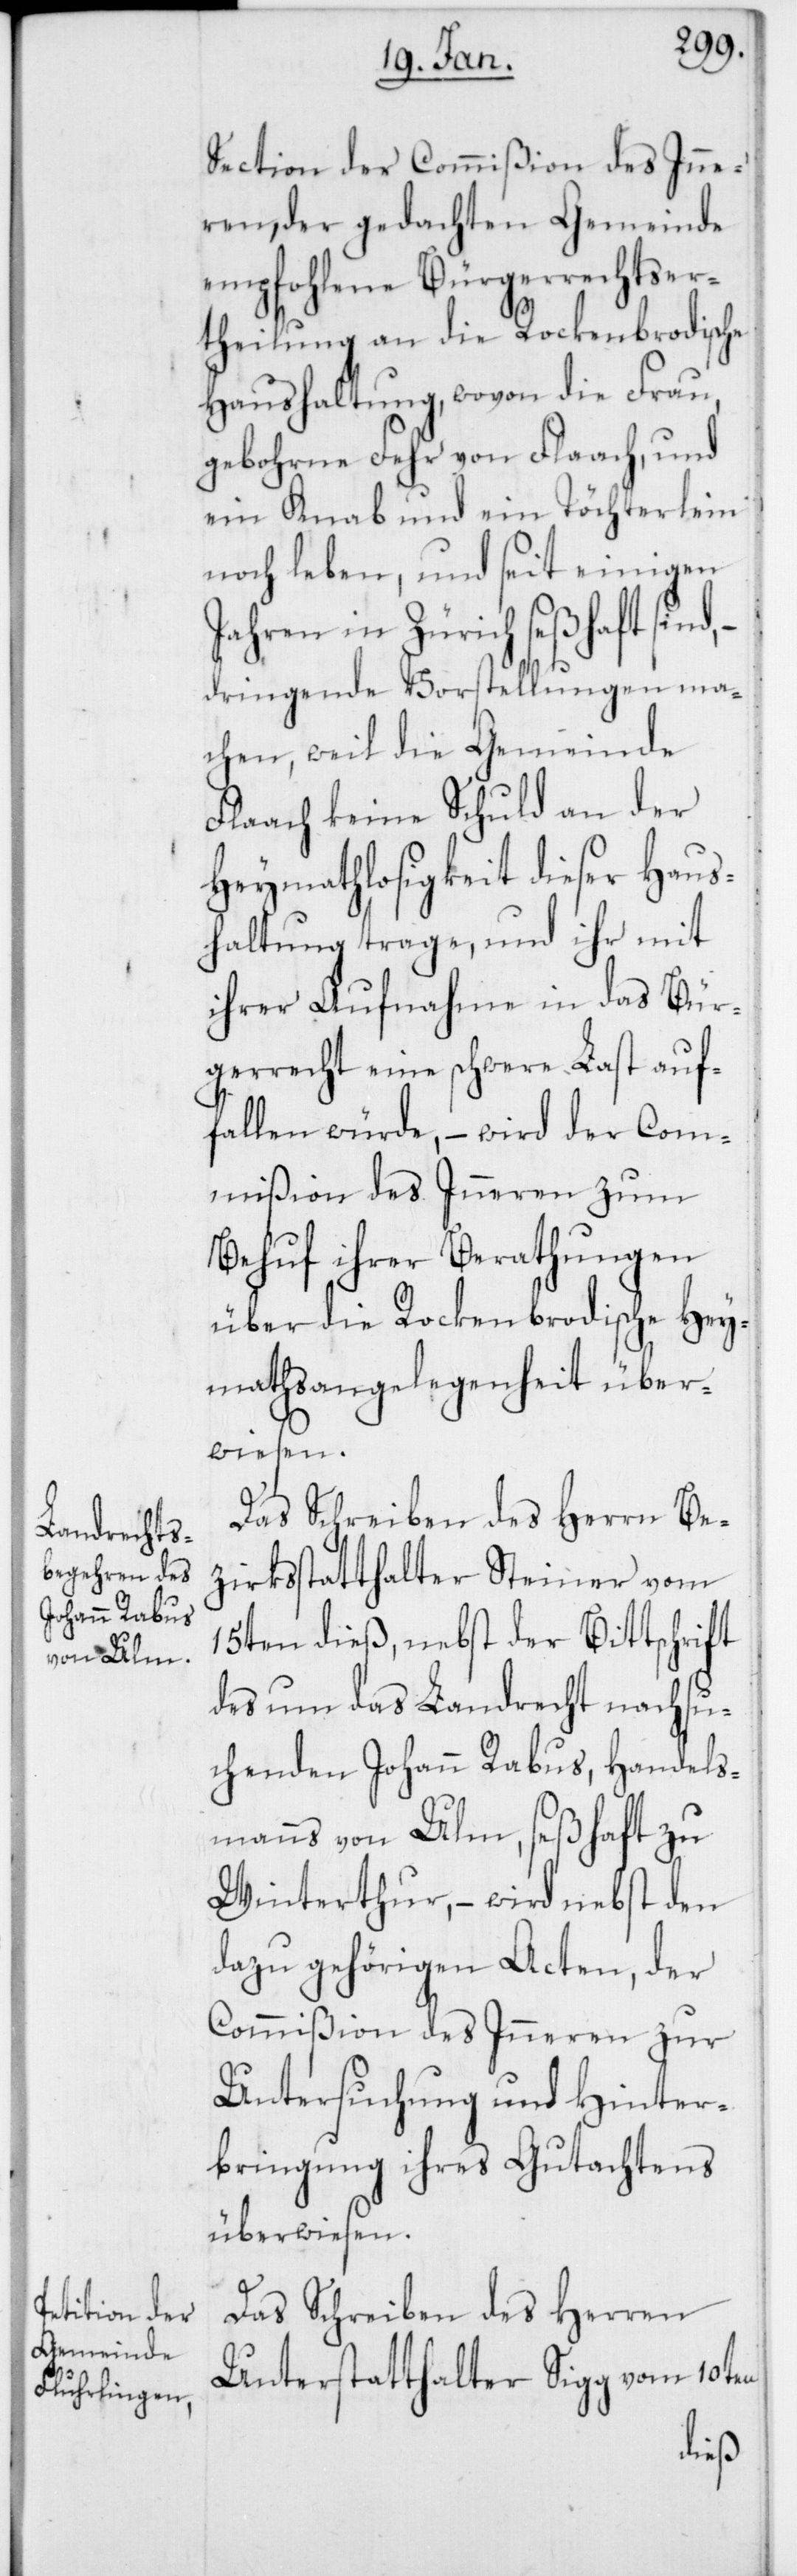
Section der Commißion des Inne¬
ren, der gedachten Gemeinde
empfohlene Bürgerrechtser¬
theilung an die Rockenbrodische
Haushaltung, wovon die Frau,
gebohrne Fehr von Flaach, und
ein Knab und ein Töchterlein
noch leben, und seit einigen
Jahren in Zürich seßhaft sind,
dringende Vorstellungen ma¬
chen, weil die Gemeinde
Flaach keine Schuld an der
Heymathlosigkeit dieser Haus¬
haltung trage, und ihr mit
ihrer Aufnahme in das Bür¬
gerrecht eine schwere Last auf¬
fallen würde, – wird der Com¬
mißion des Inneren zum
Behuf ihrer Berathungen
über die Rockenbrodische Hey¬
mathsangelegenheit über¬
wiesen.
Das Schreiben des Herrn Be¬
zirksstatthalter Steiner vom
15ten dieß, nebst der Bittschrift
des um das Landrecht nachsu¬
chenden Johann Rabus, Handels¬
manns von Ulm, seßhaft zu
Winterthur, – wird nebst den
dazu gehörigen Acten, der
Commißion des Inneren zur
Untersuchung und Hinter¬
bringung ihres Gutachtens
überwiesen.
Das Schreiben des Herren
Unterstatthalter Sigg vom 10ten